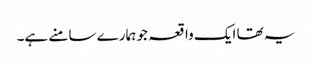
یہ تھا ایک واقعہ جو ہمارے سامنے ہے۔